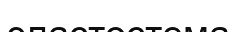
эластостема